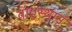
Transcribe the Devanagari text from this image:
वायुस्थानं